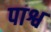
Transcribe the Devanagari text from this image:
पाश्व